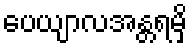
ပေယျာလအန္တရမှိ